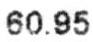
60.95